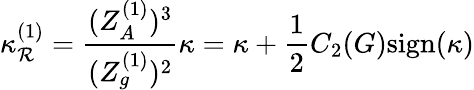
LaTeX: \kappa_{\mathcal{R}}^{(1)}=\frac{{(Z_{A}^{(1)})^{3}}}{{(Z_{g}^{(1)})^{2}}}\kappa=\kappa+\frac{{1}}{{2}}C_{2}(G)\mathrm{{sign}}(\kappa)